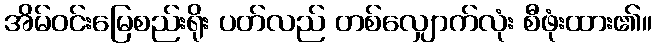
အိမ်ဝင်းမြေစည်းရိုး ပတ်လည် တစ်လျှောက်လုံး စီဖုံးထား၏။